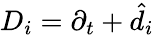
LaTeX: {D_{i}}={\partial_{t}}+{{\hat{d}}_{i}}